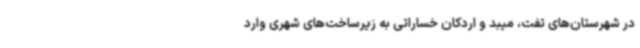
در شهرستان‌های تفت، میبد و اردکان خساراتی به زیرساخت‌های شهری وارد